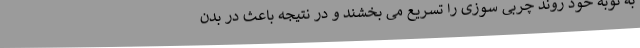
به نوبۀ خود روند چربی سوزی را تسریع می بخشند و در نتیجه باعث در بدن